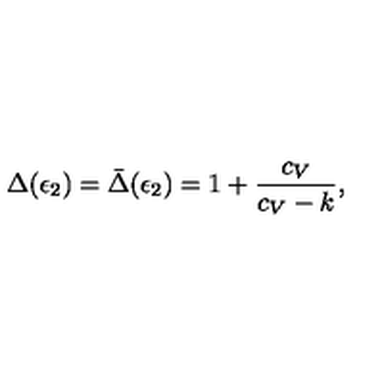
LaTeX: \Delta ( \epsilon _ { 2 } ) = \bar { \Delta } ( \epsilon _ { 2 } ) = 1 + { \frac { c _ { V } } { c _ { V } - k } } ,